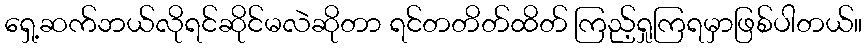
ရှေ့ဆက်ဘယ်လိုရင်ဆိုင်မလဲဆိုတာ ရင်တတိတ်ထိတ် ကြည့်ရှုကြရမှာဖြစ်ပါတယ်။